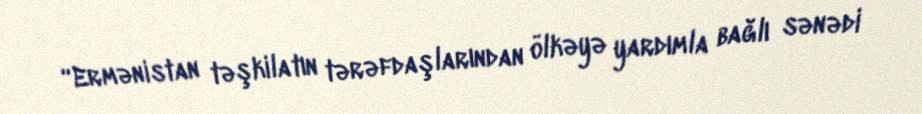
“Ermənistan təşkilatın tərəfdaşlarından ölkəyə yardımla bağlı sənədi